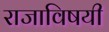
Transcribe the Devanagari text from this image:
राजाविषयी